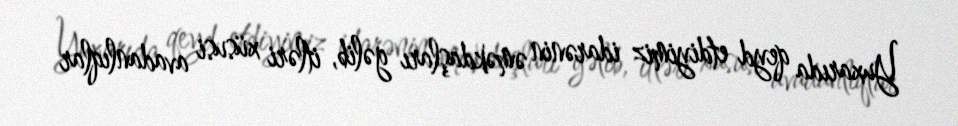
Yuxarıda qeyd etdiyimiz idarənin əməkdaşları gəlib, itləri xüsusi avadanlıqlar